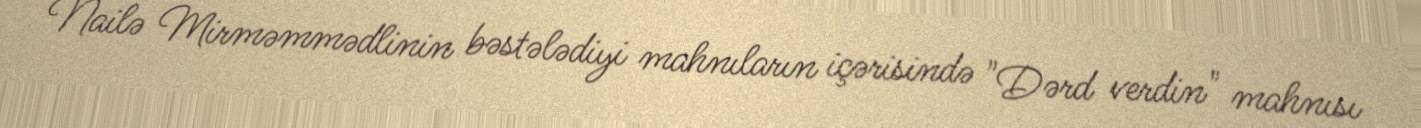
Nailə Mirməmmədlinin bəstələdiyi mahnıların içərisində "Dərd verdin" mahnısı